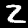
Label: 2